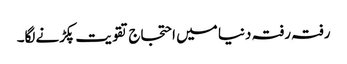
رفتہ رفتہ دنیا میں احتجاج تقویت پکڑنےلگا۔